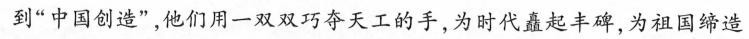
到”中国创造”，他们用一双双巧夺天工的手，为时代矗起丰碑，为祖国缔造